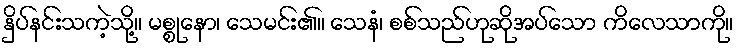
နှိပ်နင်းသကဲ့သို့။ မစ္စုနော၊ သေမင်း၏။ သေနံ၊ စစ်သည်ဟုဆိုအပ်သော ကိလေသာကို။